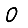
Digit: 0